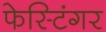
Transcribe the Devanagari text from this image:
फेस्टिंगर